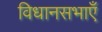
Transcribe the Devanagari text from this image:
विधानसभाएँ